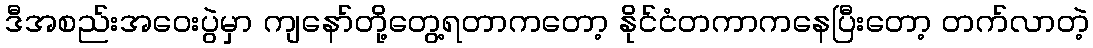
ဒီအစည်းအဝေးပွဲမှာ ကျနော်တို့တွေ့ရတာကတော့ နိုင်ငံတကာကနေပြီးတော့ တက်လာတဲ့